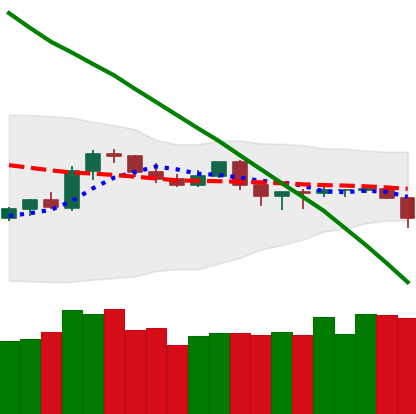
Ticker: TRX-USD
Chart end date: 2019-10-23
Forward return: 40.969%
Label: up_7plus